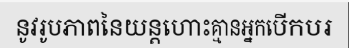
នូវរូបភាពនៃយន្តហោះគ្មានអ្នកបើកបរ